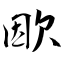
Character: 欭